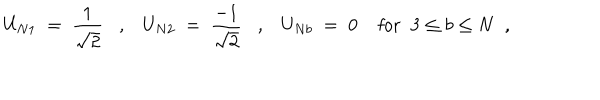
U _ { N 1 } \; = \; \frac { 1 } { \sqrt { 2 } } , U _ { N 2 } \; = \; \frac { - 1 } { \sqrt { 2 } } , U _ { N b } \; = \; 0 \; \mathrm { f o r } \; \; 3 \leq b \leq N \; \; ,